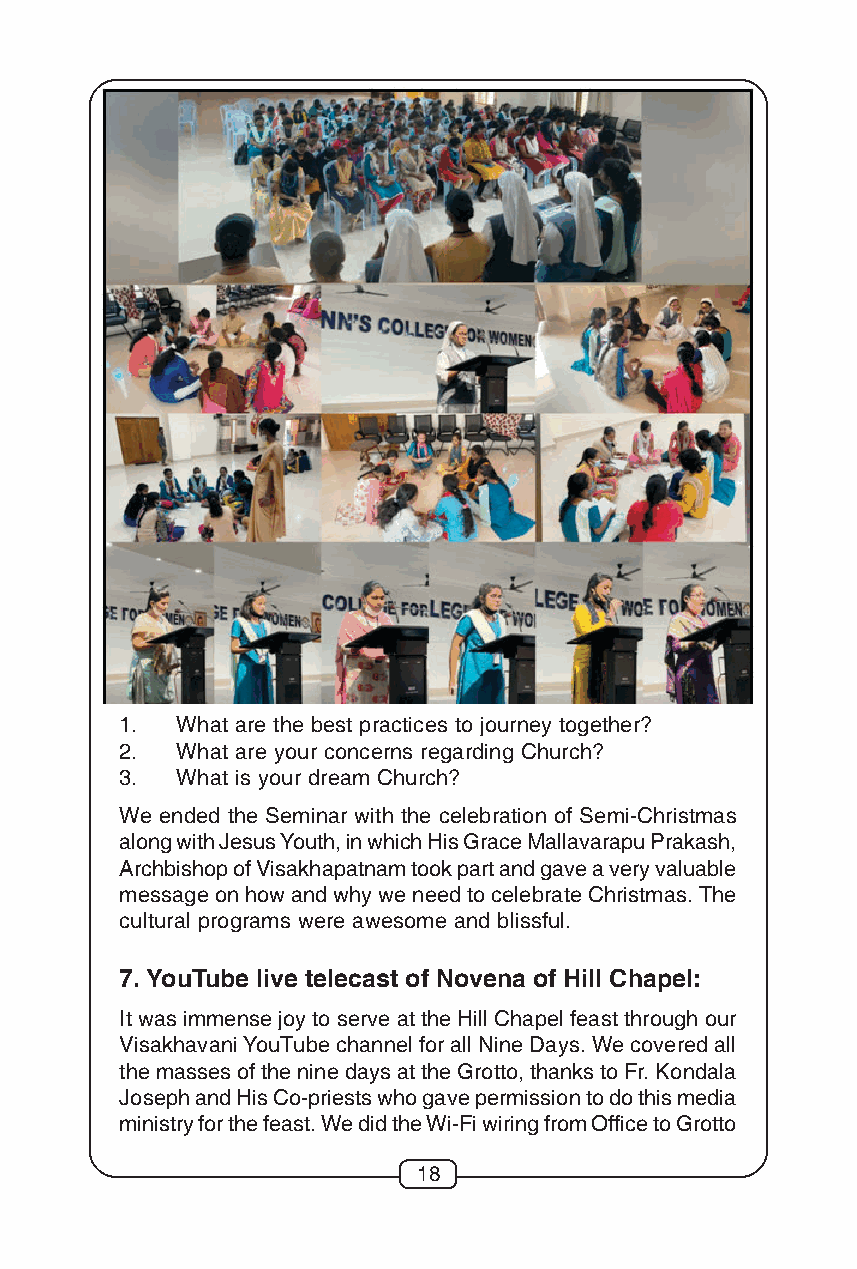
1.  What are the best practices to journey together?
 2.  What are your concerns regarding Church?
 3.  What is your dream Church?
 We ended the Seminar with the celebration of Semi-Christmas
 along with Jesus Youth, in which His Grace Mallavarapu Prakash,
 Archbishop of Visakhapatnam took part and gave a very valuable
 message on how and why we need to celebrate Christmas. The
 cultural programs were awesome and blissful.
 7. YouTube live telecast of Novena of Hill Chapel:
 It was immense joy to serve at the Hill Chapel feast through our
 Visakhavani YouTube channel for all Nine Days. We covered all
 the masses of the nine days at the Grotto, thanks to Fr. Kondala
 Joseph and His Co-priests who gave permission to do this media
 ministry for the feast. We did the Wi-Fi wiring from Office to Grotto
 18